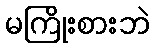
မကြိုးစားဘဲ